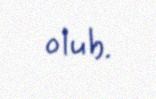
olub.